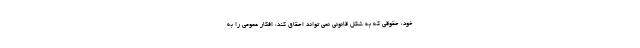
خود، حقوقی که به شکل قانونی نمی تواند احقاق کند، افکار عمومی را به